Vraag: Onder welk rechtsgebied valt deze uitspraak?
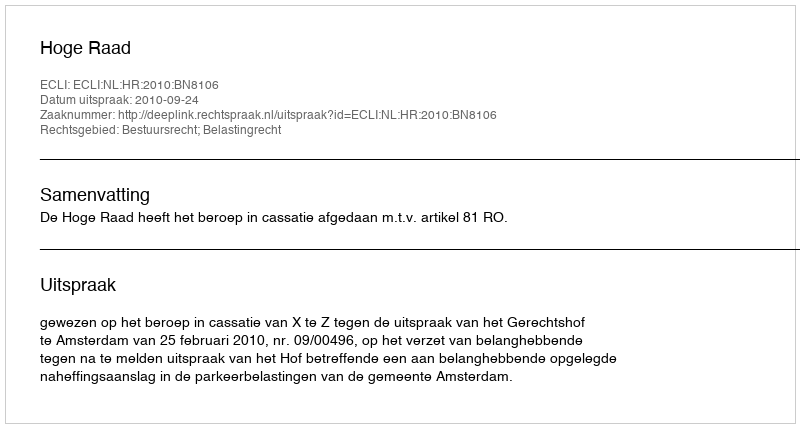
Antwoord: Bestuursrecht; Belastingrecht